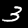
Label: 3